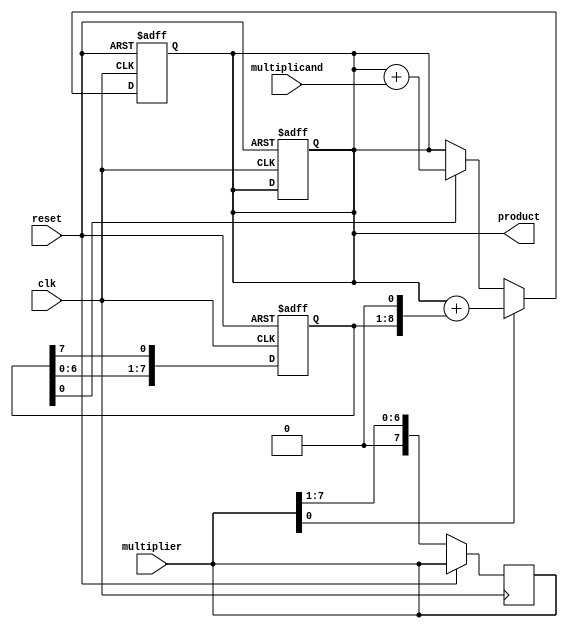
module shift_add_multiplier(
    input wire clk,
    input wire reset,
    input wire [7:0] multiplicand,
    input wire [7:0] multiplier,
    output reg [15:0] product
);

reg [7:0] shift_reg;
reg [15:0] partial_product;

always @(posedge clk or posedge reset) begin
    if (reset) begin
        shift_reg <= 8'b0;
        partial_product <= 16'b0;
        product <= 16'b0;
    end else begin
        if (shift_reg[0]) begin
            partial_product <= partial_product + multiplicand;
        end
        shift_reg <= {shift_reg[6:0], shift_reg[7]};
        
        if (multiplier[0]) begin
            partial_product <= partial_product + (shift_reg << 1);
        end
        
        multiplier <= multiplier >> 1;
    end
end

assign product = partial_product;

endmodule